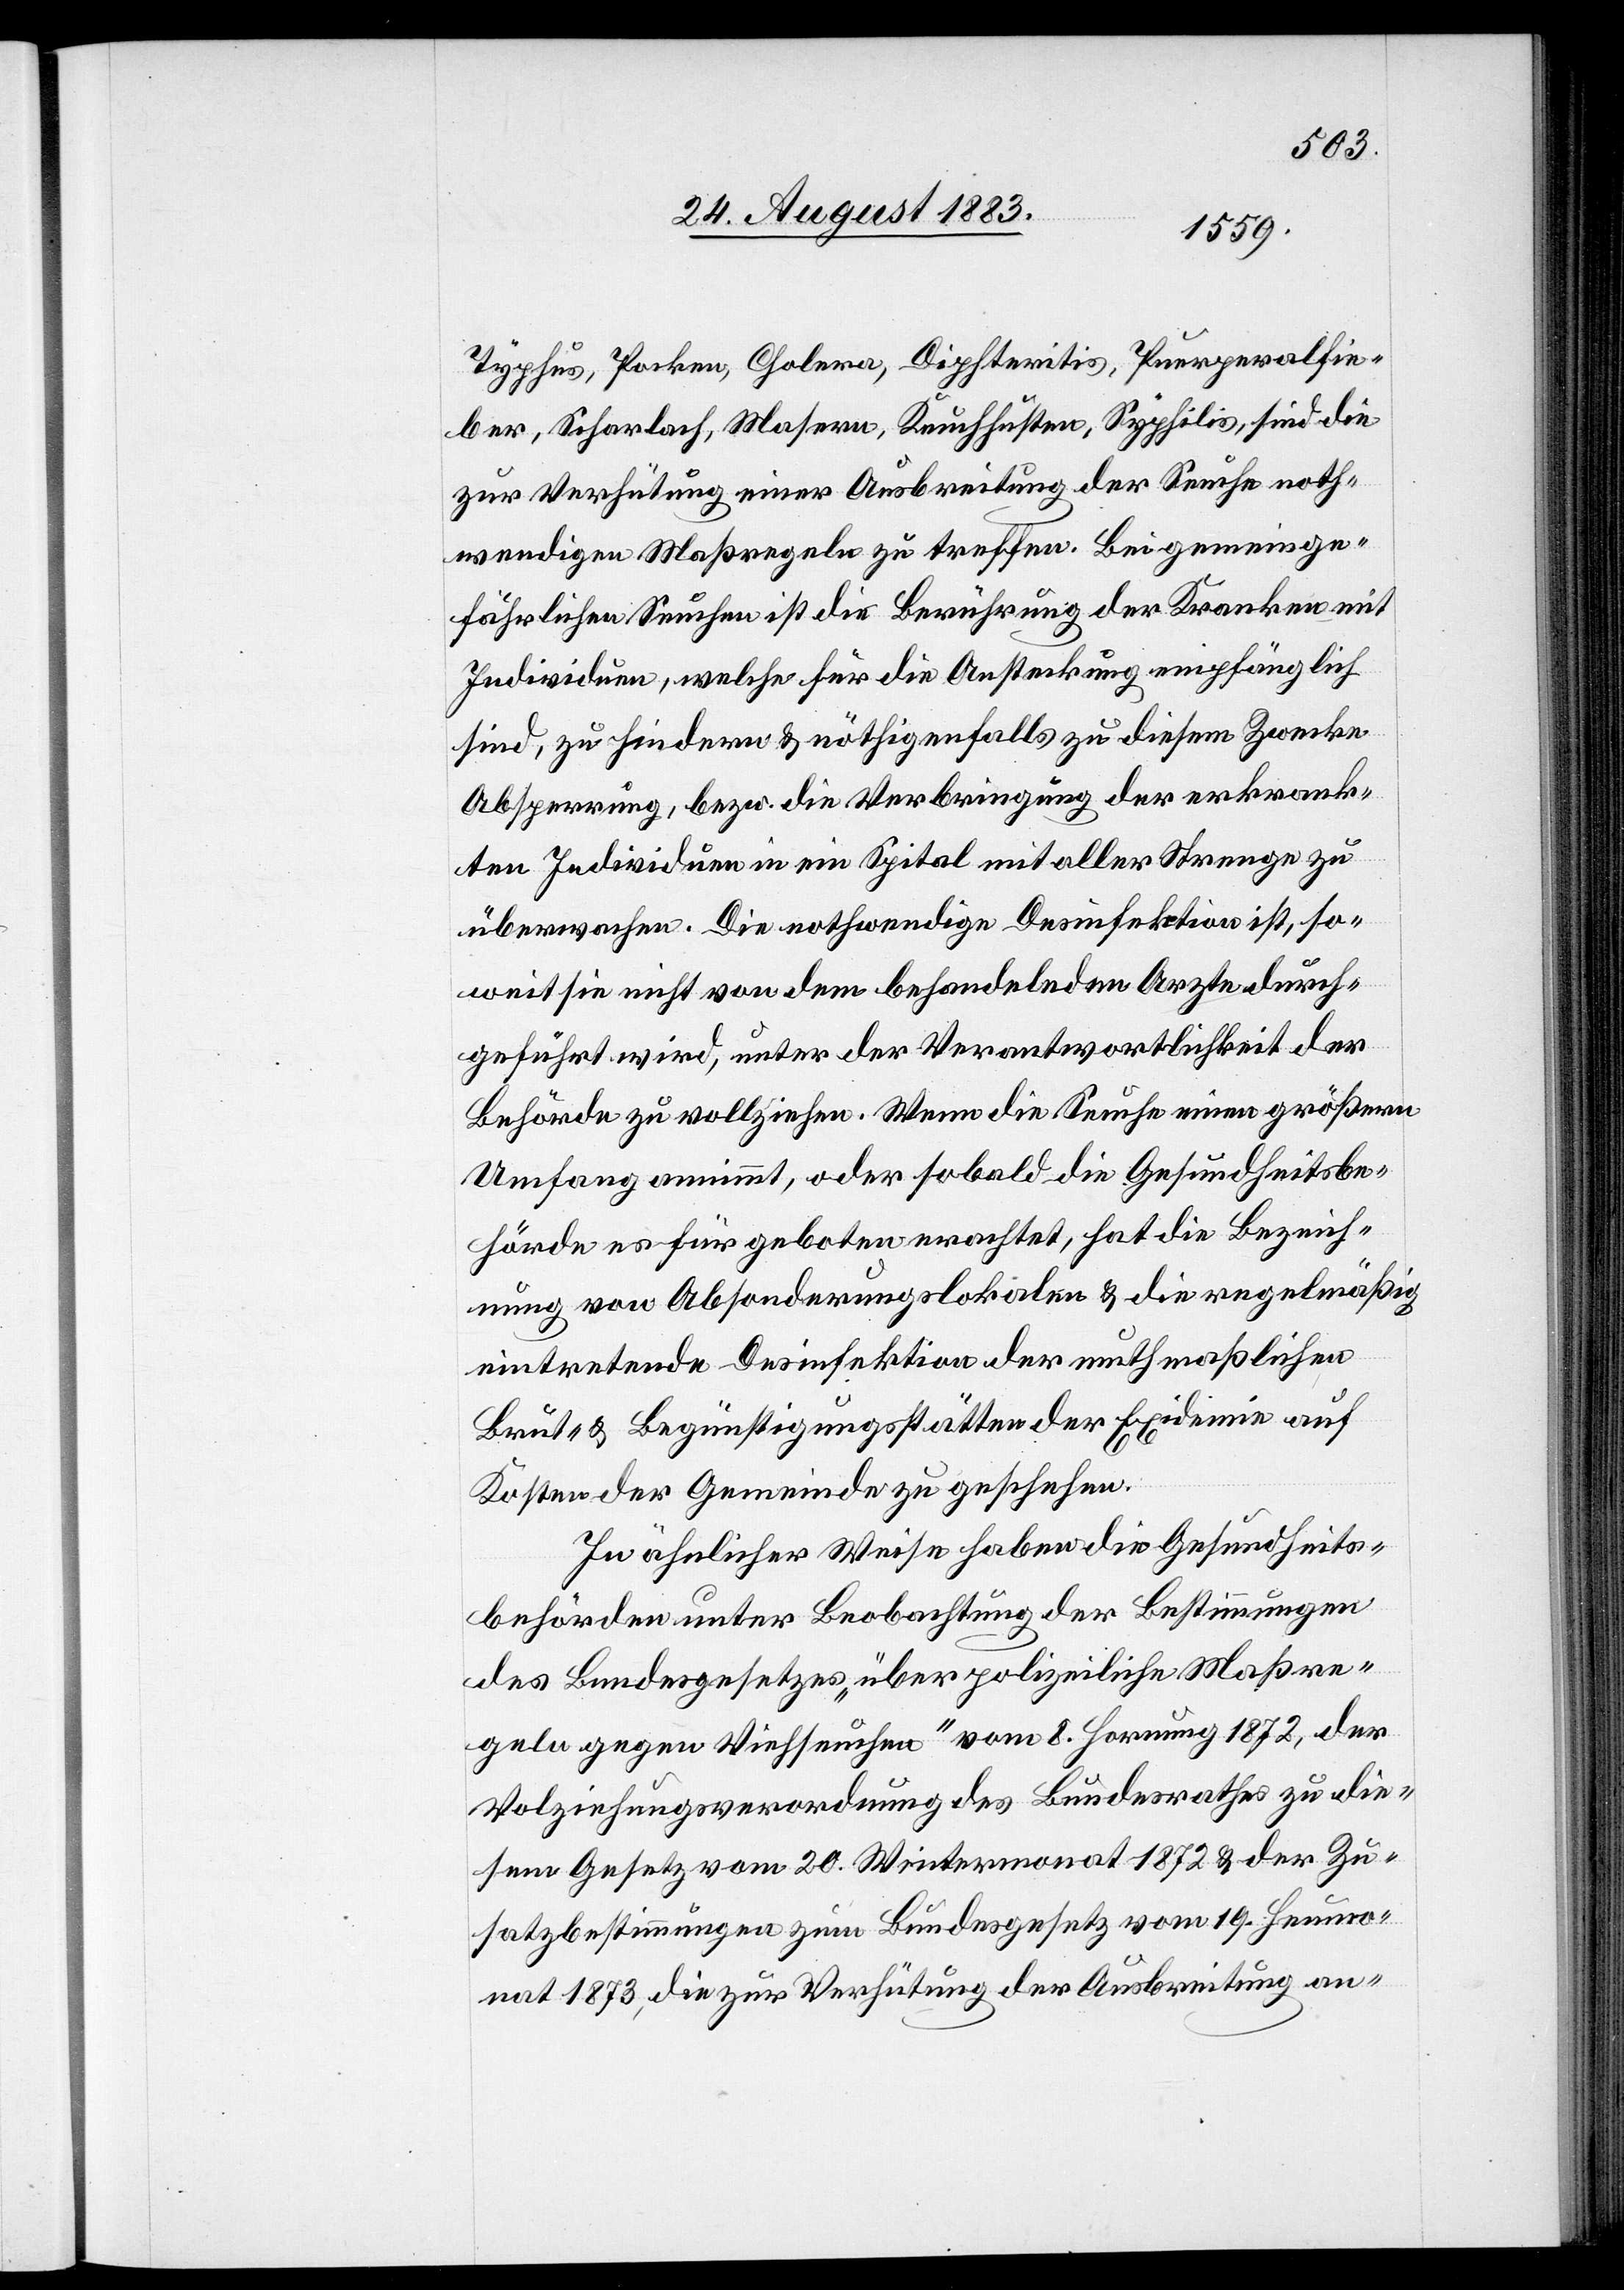
Typhus, Pocken, Cholera, Diphteritis, Puerperalfie¬
ber, Scharlach, Masern, Keuchhusten, Syphilis, sind die
zur Verhütung einer Ausbreitung der Seuche noth¬
wendigen Maßregeln zu treffen. Bei gemeinge¬
fährlichen Seuchen ist die Berührung der Kranken mit
Individuen, welche für die Ansteckung empfänglich
sind, zu hindern & nöthigenfalls zu diesem Zwecke
Absperrung, bezw. die Verbringung der erkrank¬
ten Individuen in ein Spital mit aller Strenge zu
überwachen. Die nothwendige Desinfektion ist, so¬
fern sie nicht von dem behandelnden Arzte durch¬
geführt wird, unter der Verantwortlichkeit der
Behörde zu vollziehen. Wenn die Seuche einen größern
Umfang annimmt, oder sobald die Gesundheitsbe¬
hörde es für geboten erachtet, hat die Bezeich¬
nung von Absonderungslokalitäten & die regemäßig
eintretende Desinfektion der muthmaßlichen
Brut- & Begünstigungsstätten der Epidemie auf
Kosten der Gemeinde zu geschehen.
In ähnlicher Weise haben die Gesundheits¬
behörden unter Beobachtung der Bestimmungen
des Bundesgesetzes „über polizeiliche Maßre¬
geln gegen Viehseuchen“ vom 8. Hornung 1872, der
Vollziehungsverordnung des Bundesrathes zu die¬
sem Gesetz vom 20. Wintermonat 1872 & der Zu¬
satzbestimmungen zum Bundesgesetz vom 19. Heumo¬
nat 1873, die zur Verhütung des Ausbreitung an-